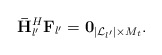
\begin{align*} {\bf{\bar H}}_{l'}^H{{{\bf{ F}}}_{l'}} = {{\bf{0}}_{\left| {{\cal L}_{l'}} \right| \times {M_t}}}. \end{align*}